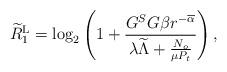
LaTeX: \begin{align*}\widetilde{R}^{\mathrm{L}}_1= {\log _2}\left( 1 + \frac{{ G_{}^S G_{} \beta }r^{-{\overline{\alpha}}}}{{ {\lambda \widetilde{\Lambda} + \frac{N_o}{\mu P_t} } }} \right),\end{align*}